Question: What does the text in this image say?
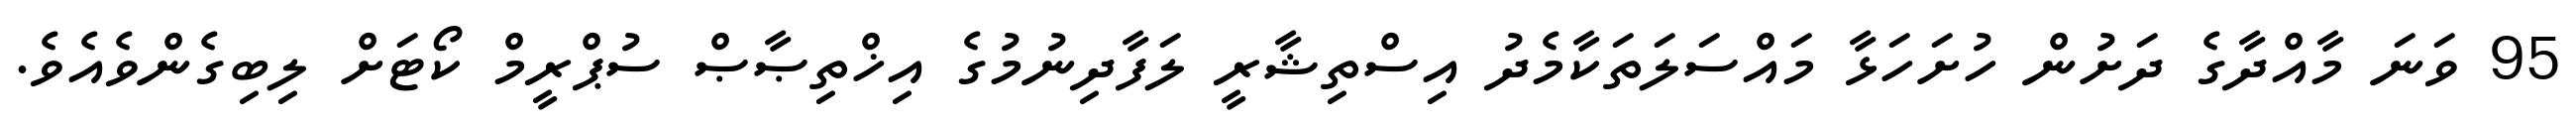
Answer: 95 ވަނަ މާއްދާގެ ދަށުން ހުށަހަޅާ މައްސަލަތަކާމެދު އިސްތިޝާރީ ލަފާދިނުމުގެ އިޚްތިޞާޞް ސުޕްރީމް ކޯޓަށް ލިބިގެންވެއެވެ.